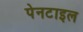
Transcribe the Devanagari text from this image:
पेनटाइल